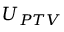
U _ { P T V }